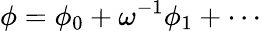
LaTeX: \phi=\phi_{0}+\omega^{-1}\phi_{1}+\cdots